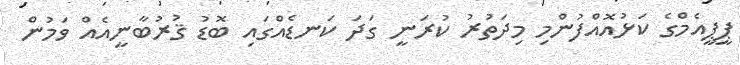
ޕީޕީއެމްގެ ކަޅުއޮއްފުންމި މިދަތުރު ކުރަނީ ގަދަ ކަނޑެއްގައި ބޮޑު ޤުރުބާނީއެއް ވަމުން